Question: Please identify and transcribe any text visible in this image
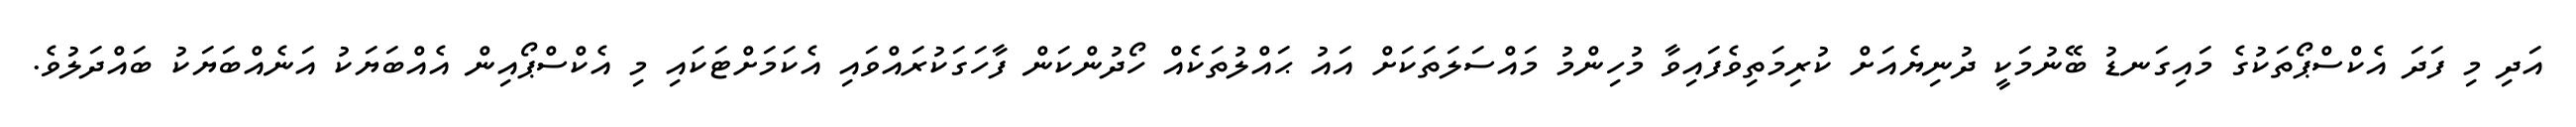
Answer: އަދި މި ފަދަ އެކްސްޕޯތަކުގެ މައިގަނޑު ބޭނުމަކީ ދުނިޔެއަށް ކުރިމަތިވެފައިވާ މުހިންމު މައްސަލަތަކަށް އައު ޙައްލުތަކެއް ހޯދުންކަން ފާހަގަކުރައްވައި އެކަމަށްޓަކައި މި އެކްސްޕޯއިން އެއްބަޔަކު އަނެއްބަޔަކު ބައްދަލުވެ.